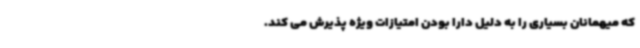
که میهمانان بسیاری را به دلیل دارا بودن امتیازات ویژه پذیرش می کند.